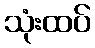
သုံးထပ်